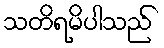
သတိရမိပါသည်